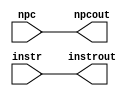
// Course: CSE 401- Computer Architecture
// Term: Winter 2020
// Name: Erika Gutierrez
// ID: 005318270


`timescale 1ns / 1ps

module fetch_latch(
    output reg [31:0] instrout, npcout,
    input wire [31:0] instr, npc
);

initial begin
   instrout <= 0;
   npcout   <= 0;
end

always @* begin
   #1 instrout <= instr;
        npcout <= npc;
end

endmodule   //fetch_latch